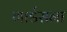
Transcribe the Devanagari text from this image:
गार्डसना